Subject: math
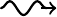
LaTeX code:
\begin{tikzpicture}[decoration=snake]
    \node[left] at (0,0) (sa) {};
    \node[left] at (1.45em,0) (sb) {};
    \draw [-,thick,decorate,line cap=round] (sa) -- ++(2em,0);
    \draw [-{>[scale=1.3]},thick] (sb) -- ++(0.9em,0);
\end{tikzpicture}%